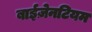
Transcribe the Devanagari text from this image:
बाईज़ेनटियम